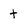
Character: t